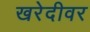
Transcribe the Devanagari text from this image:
खरेदीवर